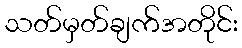
သတ်မှတ်ချက်အတိုင်း